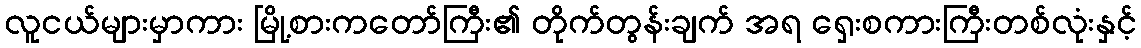
လူငယ်များမှာကား မြို့စားကတော်ကြီး၏ တိုက်တွန်းချက် အရ ရှေးစကားကြီးတစ်လုံးနှင့်